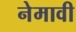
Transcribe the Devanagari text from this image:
नेमावी